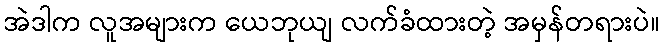
အဲဒါက လူအများက ယေဘုယျ လက်ခံထားတဲ့ အမှန်တရားပဲ။